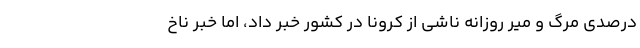
درصدی مرگ و میر روزانه ناشی از کرونا در کشور خبر داد، اما خبر ناخ